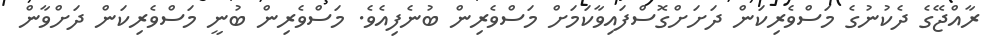
ރާއްޖޭގެ ދެކުނުގެ މަސްވެރިކަން ދަށަށްގޮސްފައިވާކަމަށް މަސްވެރިން ބުނެފިއެވެ. މަސްވެރިން ބުނީ މަސްވެރިކަން ދަށްވާން